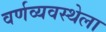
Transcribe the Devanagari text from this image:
वर्णव्यवस्थेला